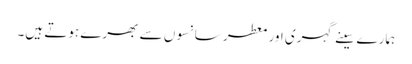
ہمارے سِینے گہری اور معطر سانسوں سے بھرے ہوتے ہیں۔